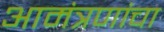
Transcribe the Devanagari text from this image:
आमंत्रणांचा